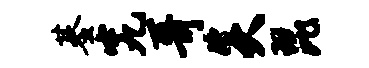
基究哥炎琵